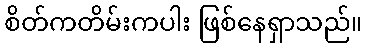
စိတ်ကတိမ်းကပါး ဖြစ်နေရှာသည်။